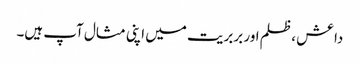
داعش ، ظلم اور بربریت میں اپنی مثال آپ ہیں۔